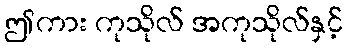
ဤကား ကုသိုလ် အကုသိုလ်နှင့်